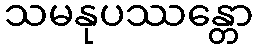
သမနုပဿန္တော